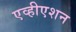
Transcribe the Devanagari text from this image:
एव्हीएशन